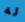
له